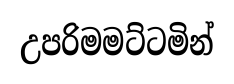
උපරිමමට්ටමින්